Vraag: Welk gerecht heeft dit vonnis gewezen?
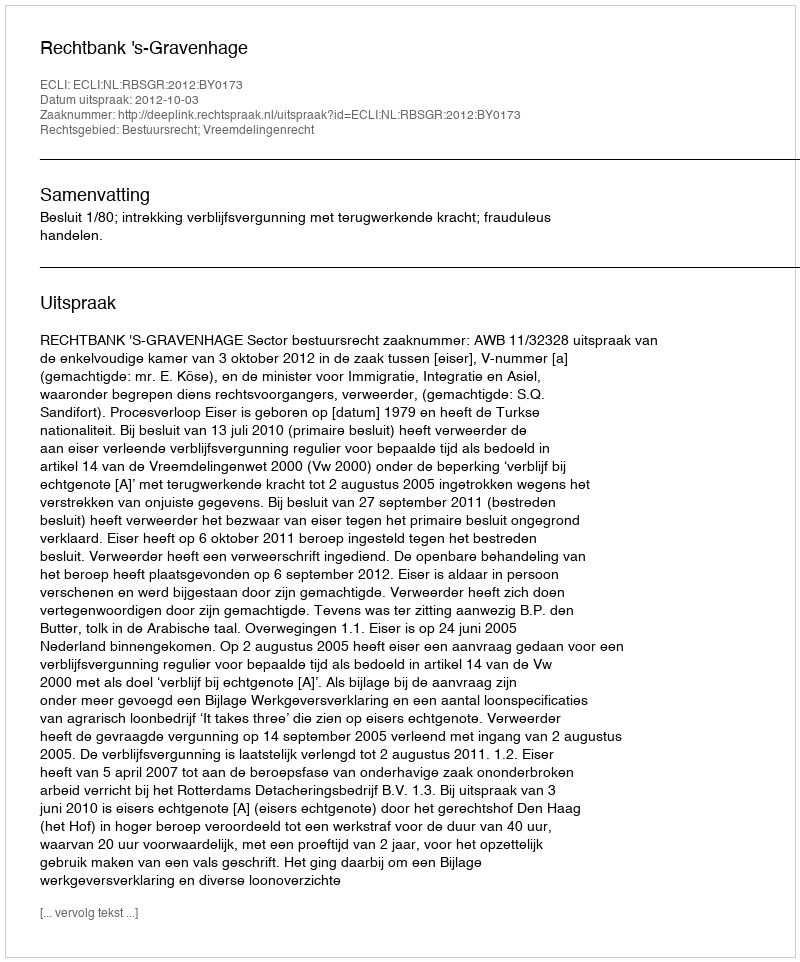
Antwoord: Rechtbank 's-Gravenhage